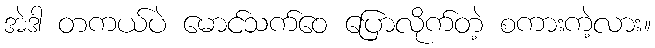
အဲဒါ တကယ်ပဲ မောင်သက်ဝေ ပြောလိုက်တဲ့ စကားကဲ့လား။